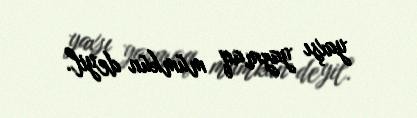
yaxşı yazmaq mümkün deyil.